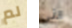
لم التي